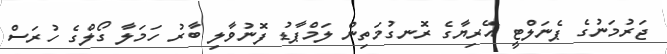
ޖަރުމަނުގެ ޕެނަލްޓީ އޭރިޔާގެ ރޮނގުމަތިން ލަމްޕާޑު ފޮނުވާލި ބާރު ހަމަލާ ގޯލްގެ ހުރަސް